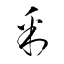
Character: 釆